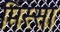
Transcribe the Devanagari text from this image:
मिस्सा